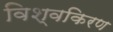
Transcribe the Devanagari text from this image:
विश्वकिरण